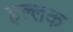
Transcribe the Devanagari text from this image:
हल्लक